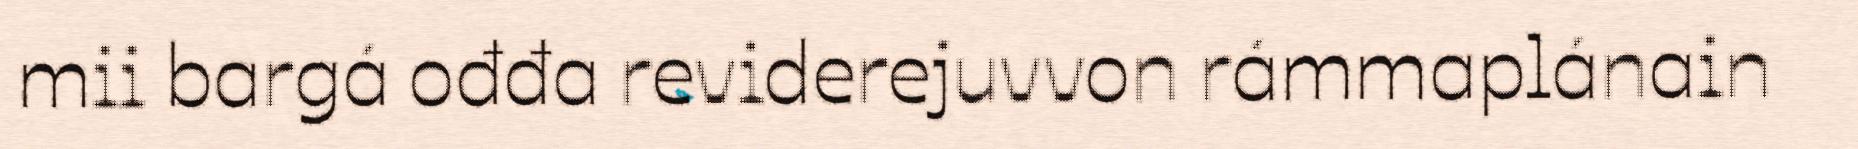
mii bargá ođđa reviderejuvvon rámmaplánain